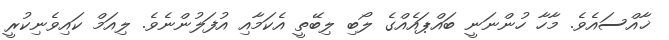
ޚާއްސައެވެ. މާހާ ހުންނަނީ ބައްޕައެއްގެ ލޯބި ލިބޭތީ އެކަމާއި އުފަލުންނެވެ. ލިއަމް ކައިވެނިކުރީ